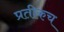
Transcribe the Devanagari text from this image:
प्रतीकच